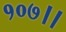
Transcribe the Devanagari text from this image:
१०७।।